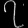
Digit: ၇